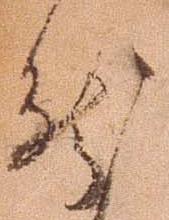
然